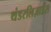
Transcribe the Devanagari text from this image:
थंडरलिज़ार्डस